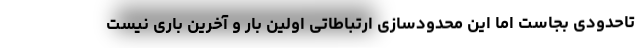
تاحدودی بجاست اما این محدودسازی ارتباطاتی اولین بار و آخرین باری نیست